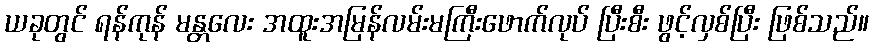
ယခုတွင် ရန်ကုန် မန္တလေး အထူးအမြန်လမ်းမကြီးဖောက်လုပ် ပြီးစီး ဖွင့်လှစ်ပြီး ဖြစ်သည်။